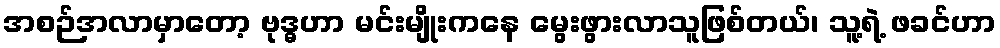
အစဉ်အလာမှာတော့ ဗုဒ္ဓဟာ မင်းမျိုးကနေ မွေးဖွားလာသူဖြစ်တယ်၊ သူ့ရဲ့ ဖခင်ဟာ